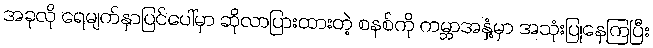
အခုလို ရေမျက်နှာပြင်ပေါ်မှာ ဆိုလာပြားထားတဲ့ စနစ်ကို ကမ္ဘာအနှံ့မှာ အသုံးပြုနေကြပြီး